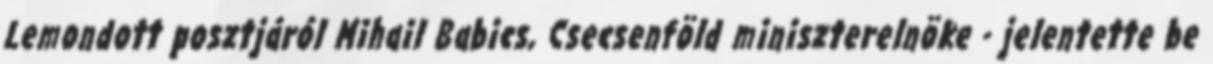
Lemondott posztjáról Mihail Babics, Csecsenföld miniszterelnöke - jelentette be